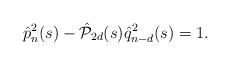
LaTeX: \begin{align*}\hat{p}_n^2(s)-\hat{\mathcal{P}}_{2d}(s)\hat{q}_{n-d}^2(s)=1.\end{align*}